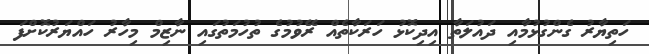
ހަތިޔާރު ގެންގުޅުމާއި ދައުލަތާ އިދިކޮޅު ހަރަކާތެއް ރޭވުމުގެ ތުހުމަތުގައި ނާޒިމް މިހާރު ހައްޔަރުކޮށްފަ